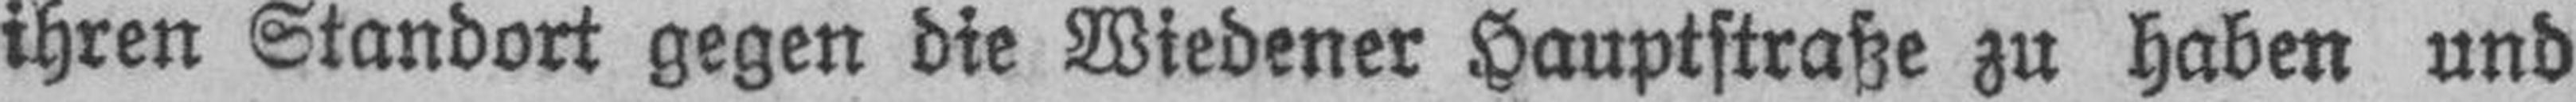
ihren Standort gegen die Wiedener Hauptstraße zu haben und